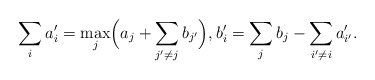
\begin{align*} \sum_ia_i' = \max_j\Bigl(a_j+\sum_{j'\neq j}b_{j'}\Bigr), b_i'=\sum_jb_j-\sum_{i'\neq i}a_{i'}'.\end{align*}